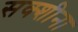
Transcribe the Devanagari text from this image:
सक्शीना